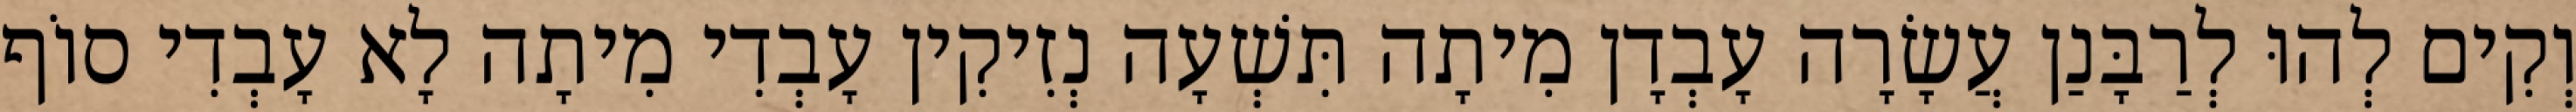
וְקִים לְהוּ לְרַבָּנַן עֲשָׂרָה עָבְדָן מִיתָה תִּשְׁעָה נְזִיקִין עָבְדִי מִיתָה לָא עָבְדִי סוֹף